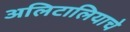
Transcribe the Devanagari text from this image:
अलिटालियाचे